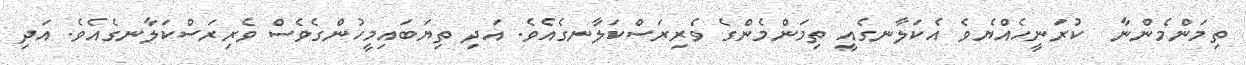
ތިމަންމެންނާ  ކުރަނީހެއްޔެވެ އެކަލާނގެއީ ތިމަންމެންގެ ވެރިރަސްކަލާނގެއެވެ. އަދި ތިޔަބައިމީހުންގެވެސް ވެރިރަސްކަލާނގެއެވެ. އަދި